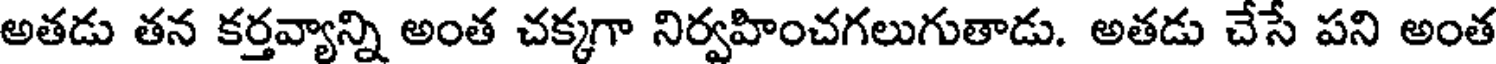
అతడు తన కర్తవ్యాన్ని అంత చక్కగా నిర్వహించగలుగుతాడు. అతడు చేసే పని అంత